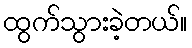
ထွက်သွားခဲ့တယ်။